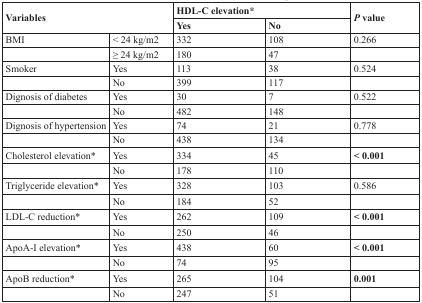
<table><thead><tr><td rowspan="2" colspan="2"><b>Variables</b></td><td colspan="2"><b>HDL-C elevation*</b></td><td rowspan="2"><b><i>P</i> value</b></td></tr><tr><td><b>Yes</b></td><td><b>No</b></td></tr></thead><tbody><tr><td>BMI</td><td>&lt; 24 kg/m2</td><td>332</td><td>108</td><td>0.266</td></tr><tr><td></td><td>≥ 24 kg/m2</td><td>180</td><td>47</td><td></td></tr><tr><td>Smoker</td><td>Yes</td><td>113</td><td>38</td><td>0.524</td></tr><tr><td></td><td>No</td><td>399</td><td>117</td><td></td></tr><tr><td>Dignosis of diabetes</td><td>Yes</td><td>30</td><td>7</td><td>0.522</td></tr><tr><td></td><td>No</td><td>482</td><td>148</td><td></td></tr><tr><td>Dignosis of hypertension</td><td>Yes</td><td>74</td><td>21</td><td>0.778</td></tr><tr><td></td><td>No</td><td>438</td><td>134</td><td></td></tr><tr><td>Cholesterol elevation*</td><td>Yes</td><td>334</td><td>45</td><td><b>&lt; 0.001</b></td></tr><tr><td></td><td>No</td><td>178</td><td>110</td><td></td></tr><tr><td>Triglyceride elevation*</td><td>Yes</td><td>328</td><td>103</td><td>0.586</td></tr><tr><td></td><td>No</td><td>184</td><td>52</td><td></td></tr><tr><td>LDL-C reduction*</td><td>Yes</td><td>262</td><td>109</td><td><b>&lt; 0.001</b></td></tr><tr><td></td><td>No</td><td>250</td><td>46</td><td></td></tr><tr><td>ApoA-I elevation*</td><td>Yes</td><td>438</td><td>60</td><td><b>&lt; 0.001</b></td></tr><tr><td></td><td>No</td><td>74</td><td>95</td><td></td></tr><tr><td>ApoB reduction*</td><td>Yes</td><td>265</td><td>104</td><td><b>0.001</b></td></tr><tr><td></td><td>No</td><td>247</td><td>51</td><td></td></tr></tbody></table>